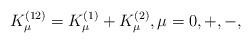
LaTeX: \begin{gather*}K_\mu^{(12)} =K_\mu^{(1)}+K_{\mu}^{(2)}, \mu=0,+,-,\end{gather*}